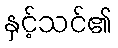
နှင့်သင်၏